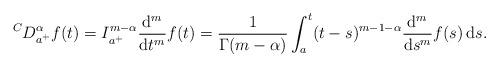
LaTeX: \begin{align*} {}^C D^{\alpha}_{a^+}f(t)= I_{a^+}^{m-\alpha}\frac{\mathrm d^m}{\mathrm dt^m}f(t)= \frac{1 }{\Gamma(m-\alpha)}\int_a^{t}(t-s)^{m-1-\alpha}\frac{\mathrm d^m}{\mathrm ds^m}f(s) \, \mathrm ds. \end{align*}